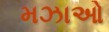
મઝાઓ